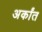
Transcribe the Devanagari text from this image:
अर्कांत